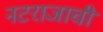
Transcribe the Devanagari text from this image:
नटराजाची